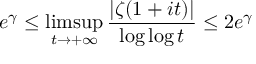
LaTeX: e ^ { \gamma } \leq \operatorname* { l i m s u p } _ { t \rightarrow + \infty } { \frac { | \zeta ( 1 + i t ) | } { \log \log t } } \leq 2 e ^ { \gamma }